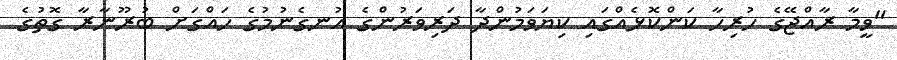
"ވީމާ ރާއްޖޭގެ ހުރިހާ ކަންކޮޅެއްގައި ކިޔަވަމުންދާ ދަރިވަރުންގެ އުނގެނުމުގެ ހައްގަށް ބުރޫނާރާ ގޮތުގެ